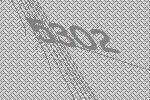
5302